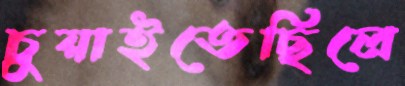
চুয়াইতেছিলে